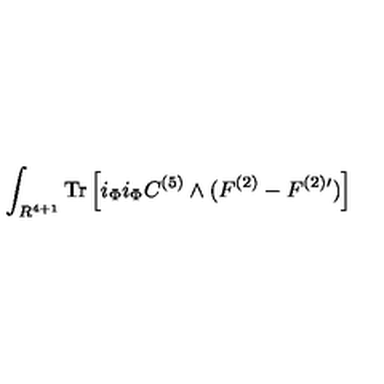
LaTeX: \int _ { R ^ { 4 + 1 } } \mathrm { T r } \left[ i _ { \Phi } i _ { \Phi } C ^ { ( 5 ) } \wedge ( F ^ { ( 2 ) } - F ^ { ( 2 ) \prime } ) \right]